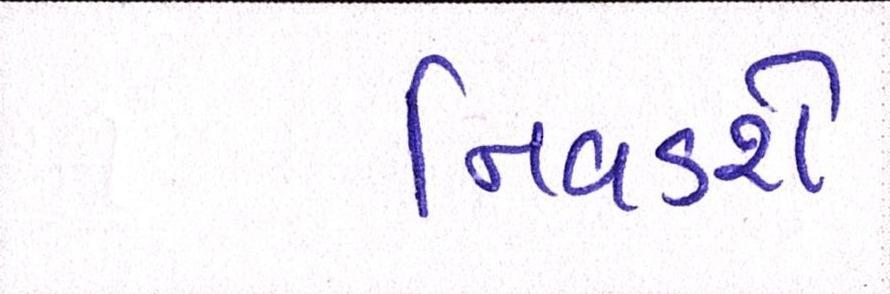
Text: નિવડશે